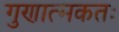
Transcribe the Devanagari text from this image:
गुणात्मकतः